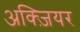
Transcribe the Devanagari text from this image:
अक्ज़ियर